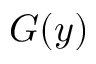
G ( y )